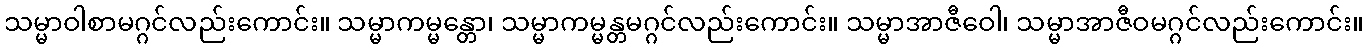
သမ္မာဝါစာမဂ္ဂင်လည်းကောင်း။ သမ္မာကမ္မန္တော၊ သမ္မာကမ္မန္တမဂ္ဂင်လည်းကောင်း။ သမ္မာအာဇီဝေါ၊ သမ္မာအာဇီဝမဂ္ဂင်လည်းကောင်း။